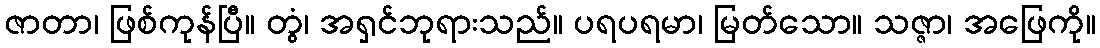
ဇာတာ၊ ဖြစ်ကုန်ပြီ။ တွံ၊ အရှင်ဘုရားသည်။ ပရပရမာ၊ မြတ်သော။ သဇ္ဇာ၊ အဖြေကို။